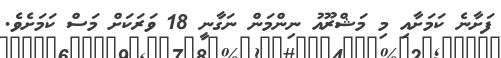
ފަށާނެ ކަމަށާއި މި މަޝްރޫއު ނިންމަން ނަގާނީ 18 ވަރަކަށް މަސް ކަމަށެވެ.